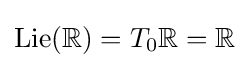
\operatorname {Lie} (\mathbb {R} )=T_{0}\mathbb {R} =\mathbb {R}